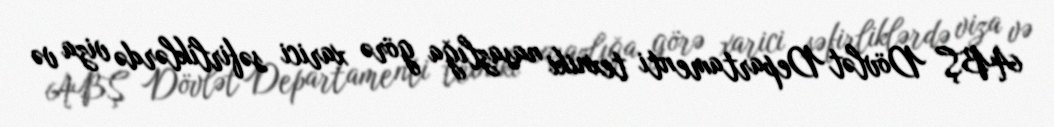
ABŞ Dövlət Departamenti texniki nasazlığa görə xarici səfirliklərdə viza və